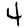
Digit: 4